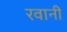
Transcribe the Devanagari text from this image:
रवानी